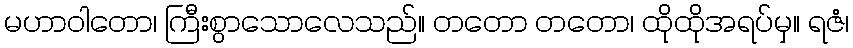
မဟာဝါတော၊ ကြီးစွာသောလေသည်။ တတော တတော၊ ထိုထိုအရပ်မှ။ ရဇံ၊